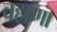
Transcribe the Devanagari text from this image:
वहाणा